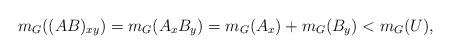
LaTeX: \begin{align*}m_G((AB)_{xy}) = m_G(A_x B_y) = m_G(A_x) + m_G(B_y) < m_G(U),\end{align*}